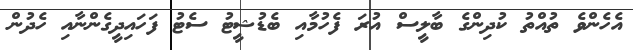
އެހެންވެ ތުއްތު ކުދިންގެ ބާލީސް އުރަ ފެހުމާއި ބެޑުޝީޓު ސެޓު ފަހައިދީގެންނާއި ހެދުން